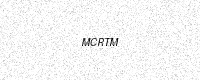
Text: MCRTM